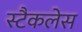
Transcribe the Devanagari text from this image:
स्टैकलेस